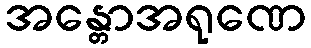
အန္တောအရုဏေ